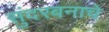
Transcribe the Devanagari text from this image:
सुंदरबनाचे